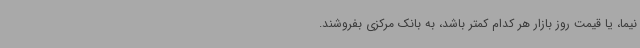
نیما، یا قیمت روز بازار هر کدام کمتر باشد، به بانک مرکزی بفروشند.